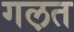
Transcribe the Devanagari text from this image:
गल़त